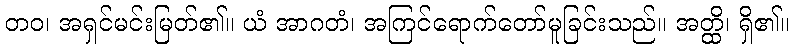
တဝ၊ အရှင်မင်းမြတ်၏။ ယံ အာဂတံ၊ အကြင်ရောက်တော်မူခြင်းသည်။ အတ္ထိ၊ ရှိ၏။